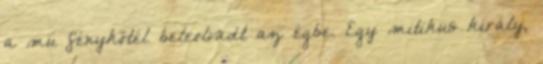
a mu fénykötél beleolvadt az égbe. Egy mitikus király,